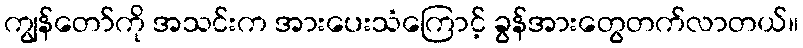
ကျွန်တော်ကို အသင်းက အားပေးသံကြောင့် ခွန်အားတွေတက်လာတယ်။